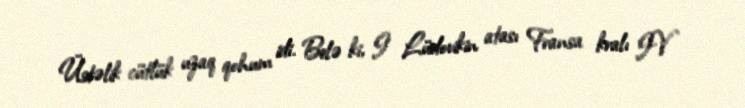
Üstəlik cütlük uzaq qohum idi. Belə ki, I Lüdovikin atası Fransa kralı IV